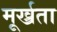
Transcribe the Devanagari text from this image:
मूर्ख्रता